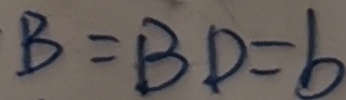
B = B D = b